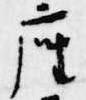
座